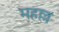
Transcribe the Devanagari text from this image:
महल्ल